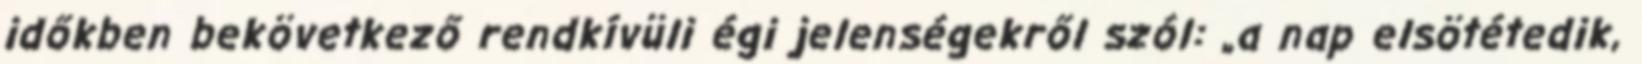
időkben bekövetkező rendkívüli égi jelenségekről szól: „a nap elsötétedik,